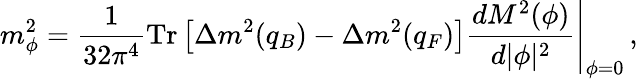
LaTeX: m_{\phi}^{2}=\frac{1}{32\pi^{4}}\mathrm{Tr}\left[\Delta m^{2}(q_{B})-\Delta m^{2}(q_{F})\right]\left.\frac{dM^{2}(\phi)}{d|\phi|^{2}}\right|_{\phi=0}\, ,